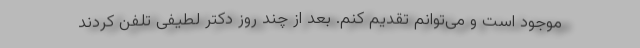
موجود است و می‌توانم تقدیم کنم. بعد از چند روز دکتر لطیفی تلفن کردند